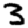
Digit: 3